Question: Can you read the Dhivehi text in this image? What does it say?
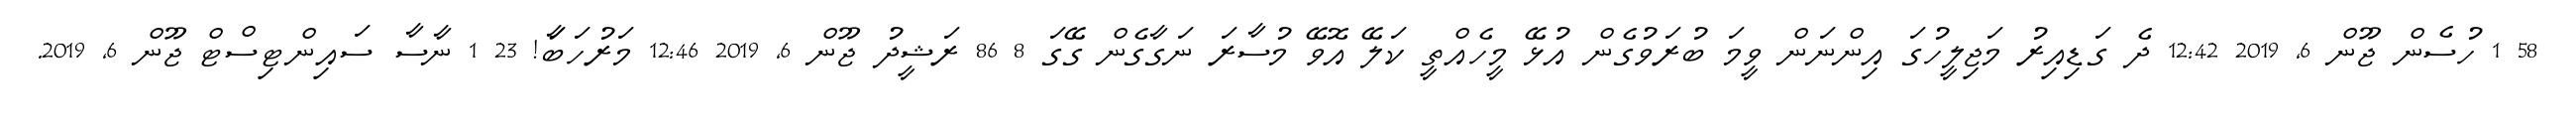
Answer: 58 1 ހުސެން ޖޫން 6, 2019 12:42 ދެ ގަޑިއިރު މަޖިލީހުގަ އިންނަން ވީމަ ބުރަވުގެން އުޅޭ މީހެއްތީ ކަލޭ އޮވޭ މުސާރަ ނަގާގެން ގޭގަ 8 86 ރަޝީދު ޖޫން 6, 2019 12:46 މަރުހަބާަ! 23 1 ނާސާ ސައިންޓިސްޓް ޖޫން 6, 2019.